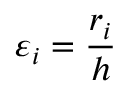
\varepsilon _ { i } = \frac { r _ { i } } { h }